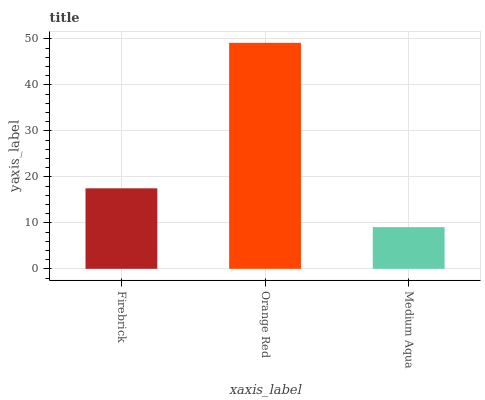
| xaxis_label | bars |
 | --- | --- |
 | Firebrick | 17.5 |
 | Orange Red | 49.2 |
 | Medium Aqua | 9.07 |